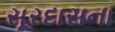
સૂરદાસના